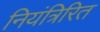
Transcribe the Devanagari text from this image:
नियंत्रिरित